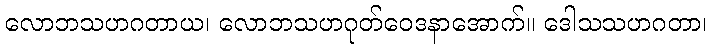
လောဘသဟဂတာယ၊ လောဘသဟဂုတ်ဝေဒနာအောက်။ ဒေါသသဟဂတာ၊